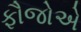
ફૌજોએ